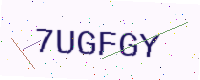
Text: 7UGFGY